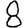
Digit: 8